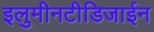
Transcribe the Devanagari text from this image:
इलुमीनटीडिजाईन